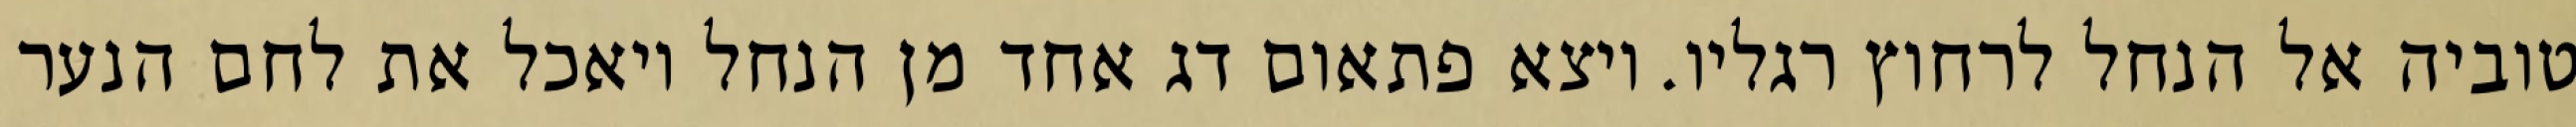
טוביה אל הנחל לרחוץ רגליו. ויצא פתאום דג אחד מן הנחל ויאכל את לחם הנער